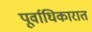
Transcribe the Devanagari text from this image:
पूर्वाधिकारात